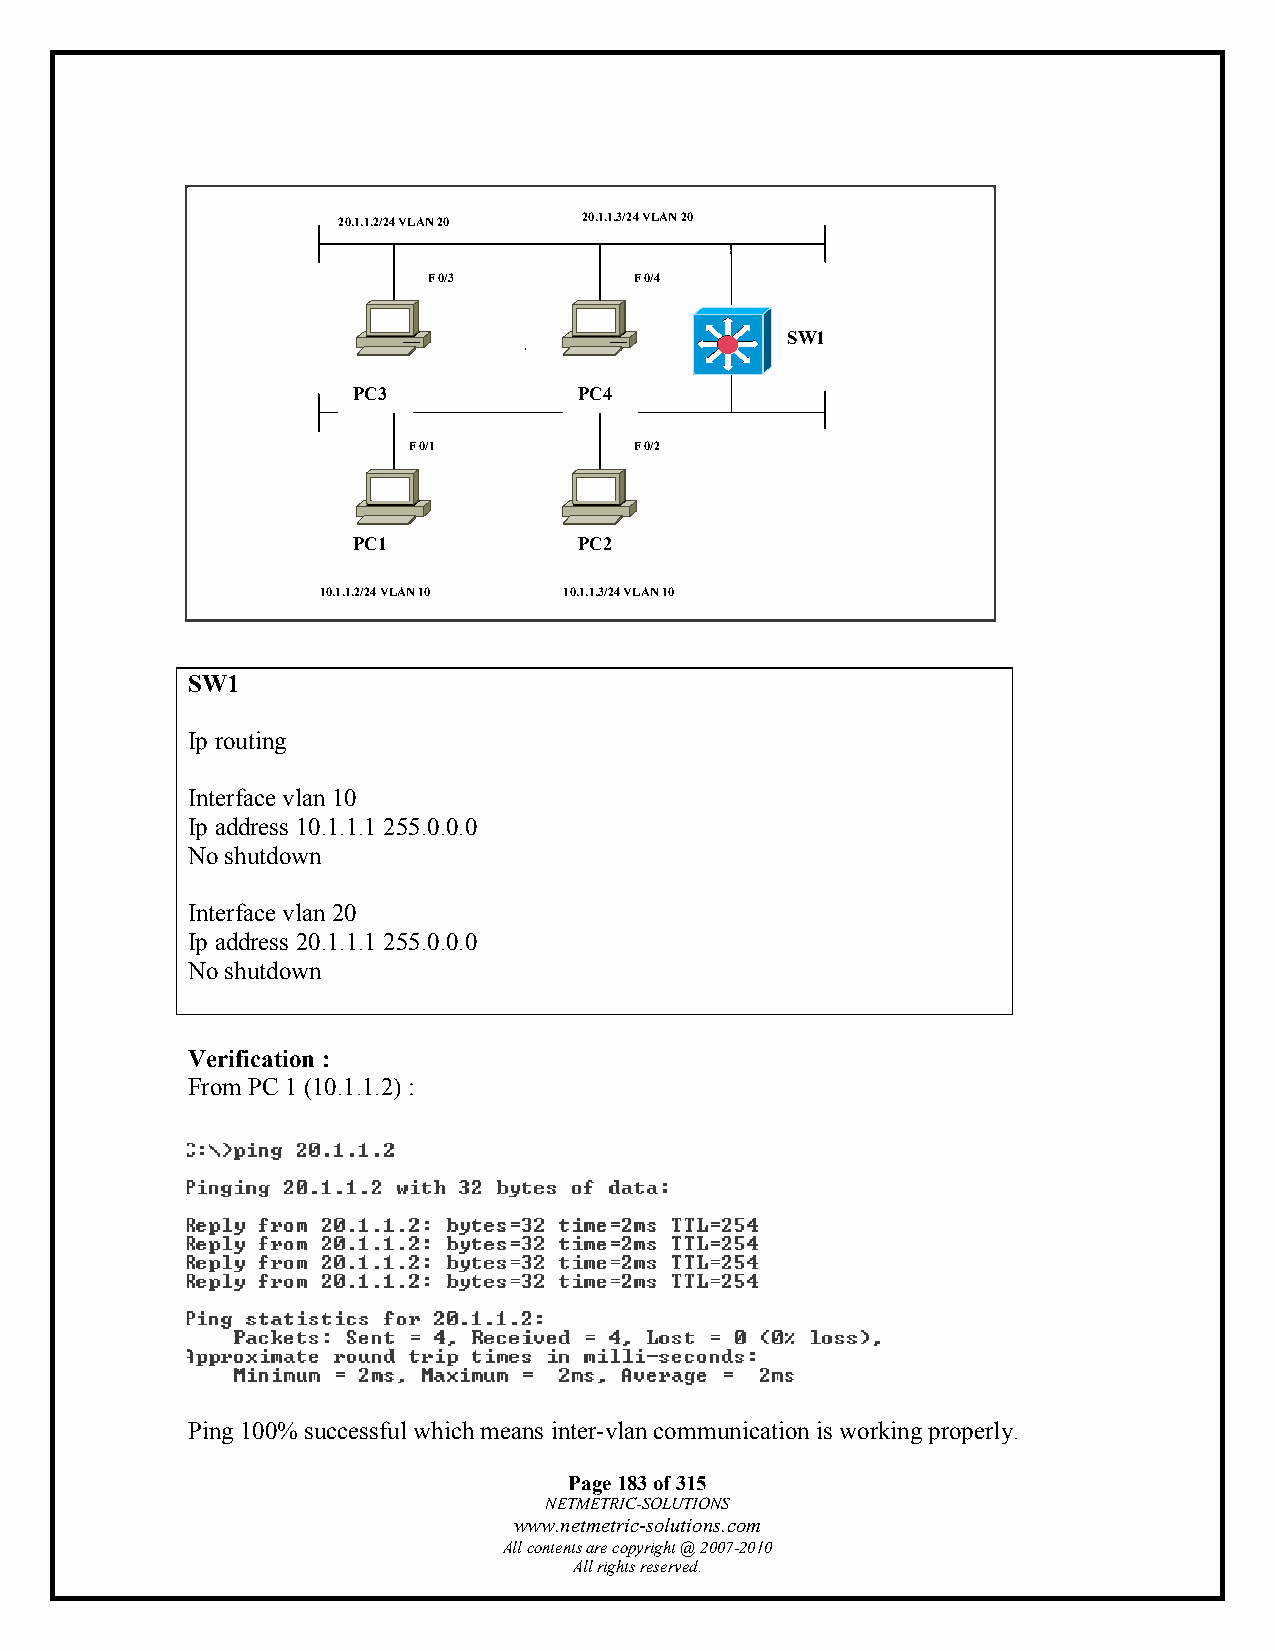
20.1.1.2/24 VLAN 20 20.1.1.3/24 VLAN 20
 F 0/3         F 0/4
 SW1
 PC3            PC4
 F 0/1          F 0/2
 PC1            PC2
 10.1.1.2/24 VLAN 10 10.1.1.3/24 VLAN 10
 SW1
 Ip routing
 Interface vlan 10
 Ip address 10.1.1.1 255.0.0.0
 No shutdown
 Interface vlan 20
 Ip address 20.1.1.1 255.0.0.0
 No shutdown
 Verification :
 From PC 1 (10.1.1.2) :
 Ping 100% successful which means inter-vlan communication is working properly.
 Page 183 of 315
 NETMETRIC-SOLUTIONS
 www.netmetric-solutions.com
 All contents are copyright @ 2007-2010
 All rights reserved.